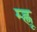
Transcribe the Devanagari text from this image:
म्ह्णू